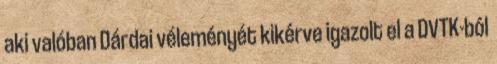
aki valóban Dárdai véleményét kikérve igazolt el a DVTK-ból